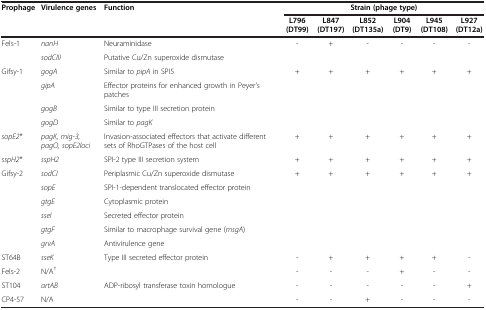
<table><thead><tr><td rowspan="2"><b>Prophage</b></td><td rowspan="2"><b>Virulence genes</b></td><td rowspan="2"><b>Function</b></td><td colspan="6"><b>Strain (phage type)</b></td></tr><tr><td><b>L796 (DT99)</b></td><td><b>L847 (DT197)</b></td><td><b>L852 (DT135a)</b></td><td><b>L904 (DT9)</b></td><td><b>L945 (DT108)</b></td><td><b>L927 (DT12a)</b></td></tr></thead><tbody><tr><td rowspan="2">Fels-1</td><td><i>nanH</i></td><td>Neuraminidase</td><td rowspan="2">-</td><td rowspan="2">+</td><td rowspan="2">-</td><td rowspan="2">-</td><td rowspan="2">-</td><td rowspan="2">-</td></tr><tr><td><i>sodCIII</i></td><td>Putative Cu/Zn superoxide dismutase</td></tr><tr><td rowspan="4">Gifsy-1</td><td><i>gogA</i></td><td>Similar to <i>pipA</i> in SPI5</td><td rowspan="4">+</td><td rowspan="4">+</td><td rowspan="4">+</td><td rowspan="4">+</td><td rowspan="4">+</td><td rowspan="4">+</td></tr><tr><td><i>gipA</i></td><td>Effector proteins for enhanced growth in Peyer’s patches</td></tr><tr><td><i>gogB</i></td><td>Similar to type III secretion protein</td></tr><tr><td><i>gogD</i></td><td>Similar to <i>pagK</i></td></tr><tr><td><i>sopE2</i>*</td><td><i>pagK, mig-3, pagO, sopE2loci</i></td><td>Invasion-associated effectors that activate different sets of RhoGTPases of the host cell</td><td>+</td><td>+</td><td>+</td><td>+</td><td>+</td><td>+</td></tr><tr><td><i>sspH2</i>*</td><td><i>sspH2</i></td><td>SPI-2 type III secretion system</td><td>+</td><td>+</td><td>+</td><td>+</td><td>+</td><td>+</td></tr><tr><td rowspan="6">Gifsy-2</td><td><i>sodCI</i></td><td>Periplasmic Cu/Zn superoxide dismutase</td><td rowspan="6">+</td><td rowspan="6">+</td><td rowspan="6">+</td><td rowspan="6">+</td><td rowspan="6">+</td><td rowspan="6">+</td></tr><tr><td><i>sopE</i></td><td>SPI-1-dependent translocated effector protein</td></tr><tr><td><i>gtgE</i></td><td>Cytoplasmic protein</td></tr><tr><td><i>sseI</i></td><td>Secreted effector protein</td></tr><tr><td><i>gtgF</i></td><td>Similar to macrophage survival gene (<i>msgA</i>)</td></tr><tr><td><i>grvA</i></td><td>Antivirulence gene</td></tr><tr><td>ST64B</td><td><i>sseK</i></td><td>Type III secreted effector protein</td><td>-</td><td>+</td><td>+</td><td>+</td><td>+</td><td>-</td></tr><tr><td>Fels-2</td><td>N/A<sup>†</sup></td><td> </td><td>-</td><td>-</td><td>-</td><td>+</td><td>-</td><td>-</td></tr><tr><td>ST104</td><td><i>artAB</i></td><td>ADP-ribosyl transferase toxin homologue</td><td>-</td><td>-</td><td>-</td><td>-</td><td>-</td><td>+</td></tr><tr><td>CP4-57</td><td>N/A</td><td> </td><td>-</td><td>-</td><td>+</td><td>-</td><td>-</td><td>-</td></tr></tbody></table>